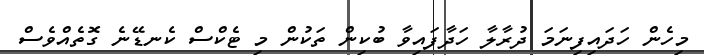
މިހެން ހަދައިފިނަމަ ދުރާލާ ހަދާފައިވާ ބުކިން ތަކުން މި ޓެކްސް ކެނޑޭނެ ގޮތެއްވެސް